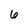
Character: 6